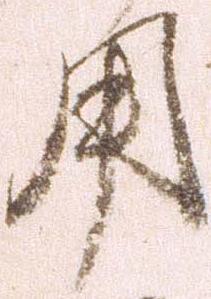
用